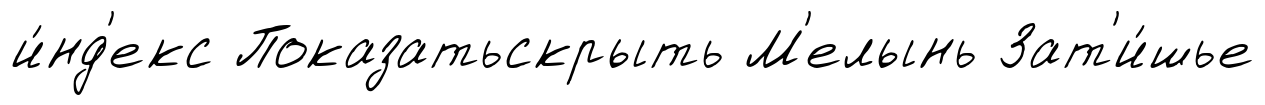
и́нд'екс Показатьскрыть М'елынь Зат'и́шье